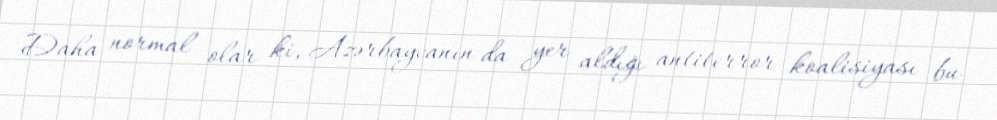
Daha normal olar ki, Azərbaycanın da yer aldığı antiterror koalisiyası bu